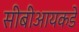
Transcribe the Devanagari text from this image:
सीबीआयकडे